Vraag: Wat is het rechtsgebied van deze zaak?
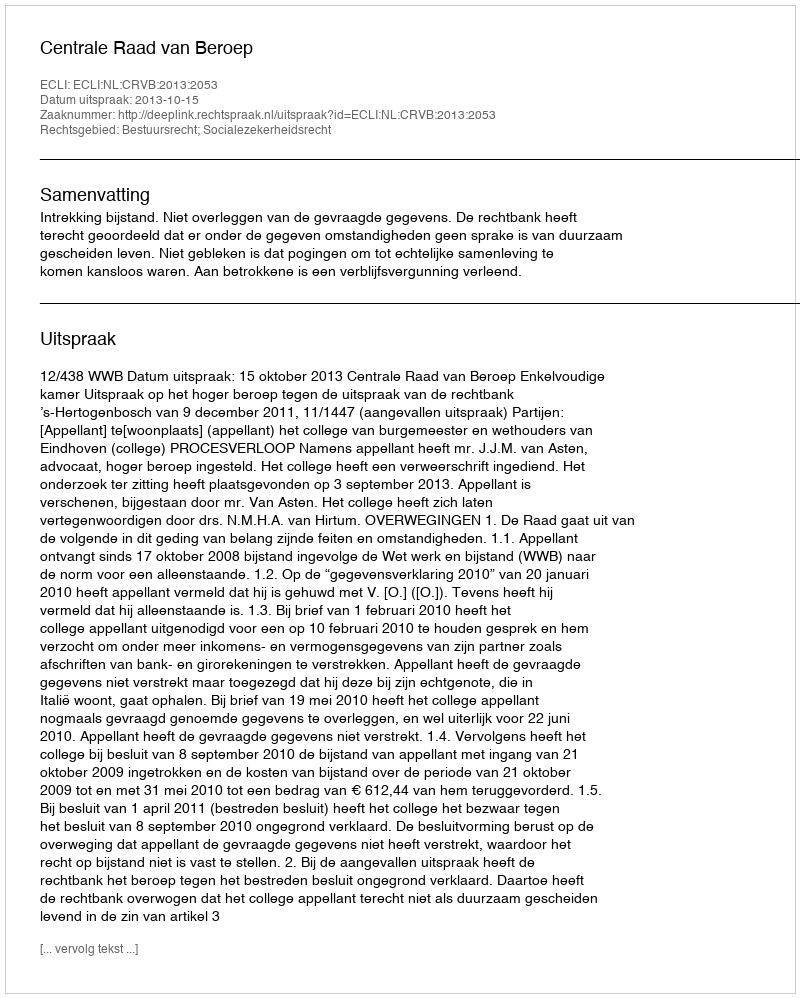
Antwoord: Bestuursrecht; Socialezekerheidsrecht